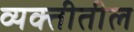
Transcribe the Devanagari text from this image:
व्यक्तीतील